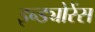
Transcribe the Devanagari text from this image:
इन्ड्योरेंस